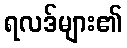
ရလဒ်များ၏